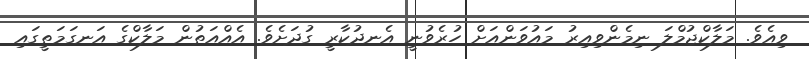
ވިއެވެ. މަލާކްޖުމްލަ ނިމެންވިއިރު މައުވަންއަށް ހުރެވުނީ އެނދުކާރީ ގުދަށެވެ. އެއްއަތުން މަލާކްގެ އަނގަމަތީގައި